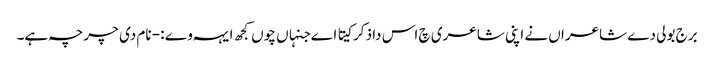
برج بولی دے شاعراں نے اپنی شاعری چ اس دا ذکر کیتا اے جنہاں چوں کجھ ایہہ وے :- نام دی چرچہ ہے۔